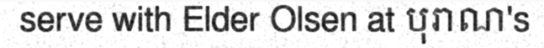
serve with Elder Olsen at បុរាណ's